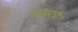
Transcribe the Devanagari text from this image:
लाइवची